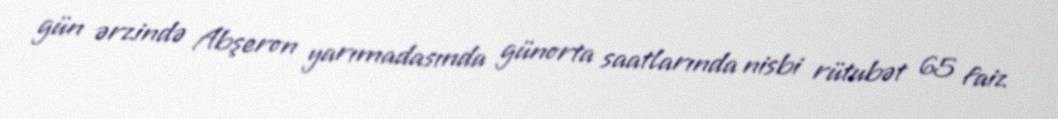
gün ərzində Abşeron yarımadasında günorta saatlarında nisbi rütubət 65 faiz